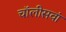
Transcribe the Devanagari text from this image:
चॉलीसवां